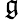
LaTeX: \, {\mathfrak{g}}